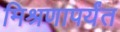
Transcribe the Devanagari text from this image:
मिश्रणापर्यंत